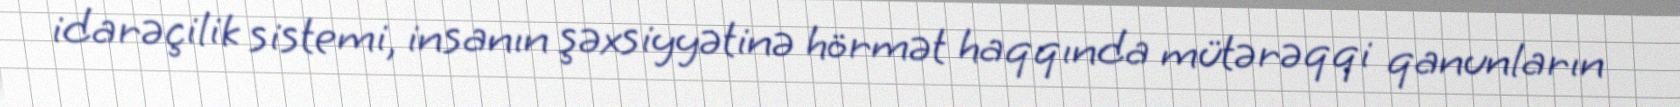
idarəçilik sistemi, insanın şəxsiyyətinə hörmət haqqında mütərəqqi qanunların